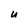
Character: U